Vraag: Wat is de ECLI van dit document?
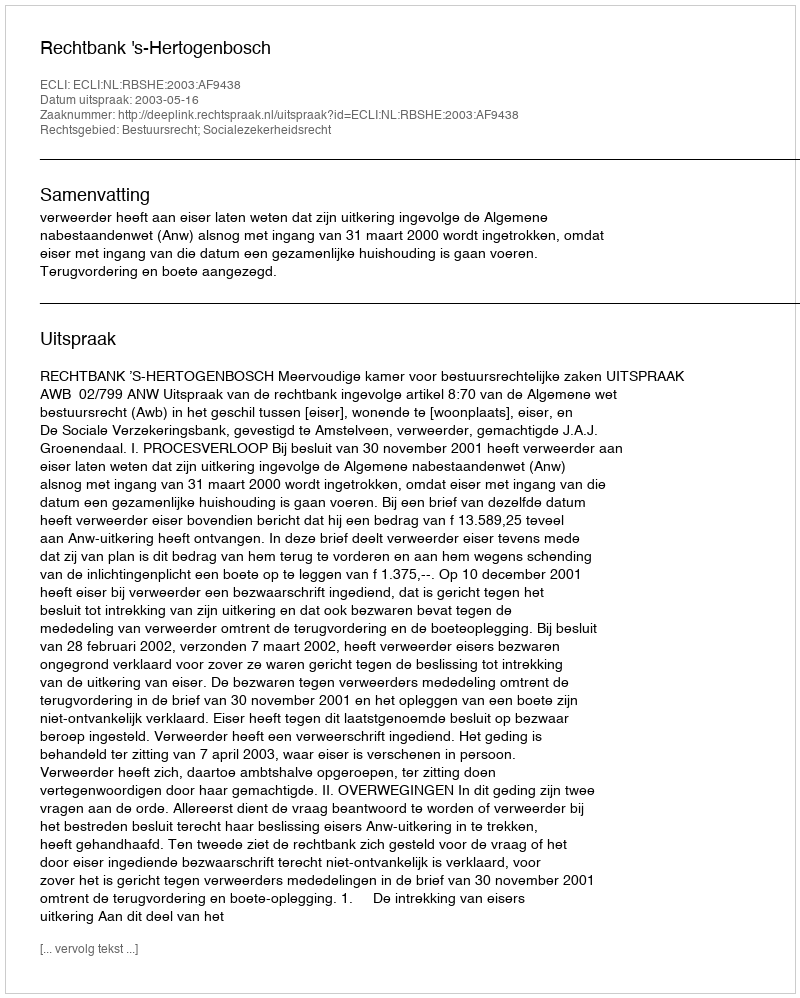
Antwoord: ECLI:NL:RBSHE:2003:AF9438